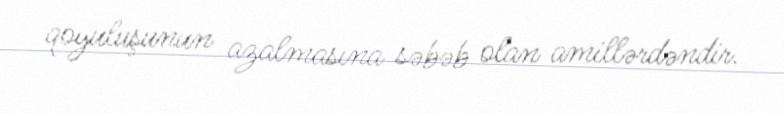
qoyuluşunun azalmasına səbəb olan amillərdəndir.